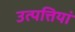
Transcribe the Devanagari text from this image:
उत्पत्तियां